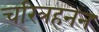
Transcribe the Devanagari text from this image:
चरित्रहनन